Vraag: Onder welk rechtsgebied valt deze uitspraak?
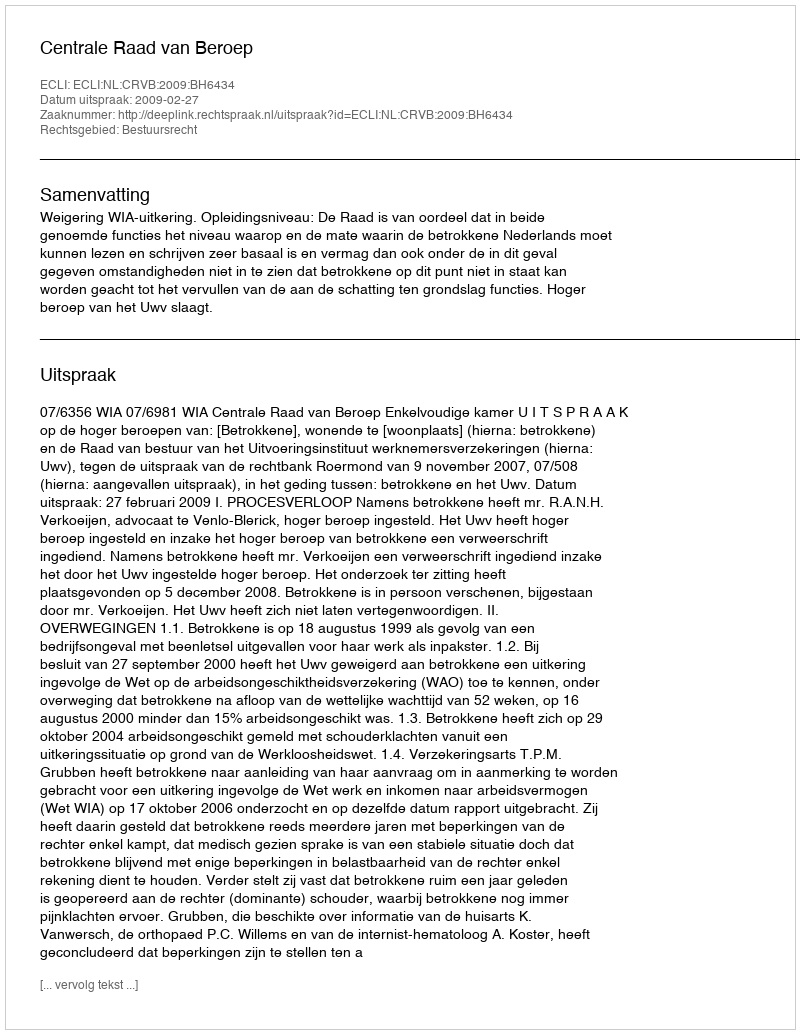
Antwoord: Bestuursrecht